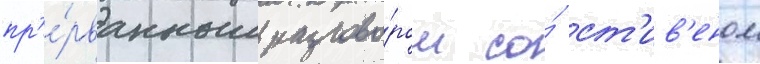
пр'е́рванным разгово́ром со́ ст'ив'еном